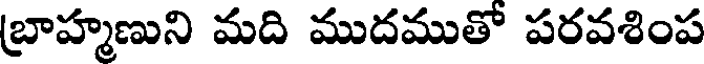
బ్రాహ్మణుని మది ముదముతో పరవశింప